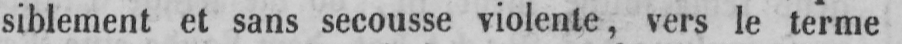
siblement et sans secousse violente, vers le terme